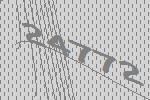
24772